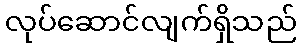
လုပ်ဆောင်လျက်ရှိသည်